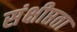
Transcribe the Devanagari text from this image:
संक्षीप्तता